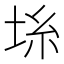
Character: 𡋔